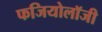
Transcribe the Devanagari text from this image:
फजियोलॉजी